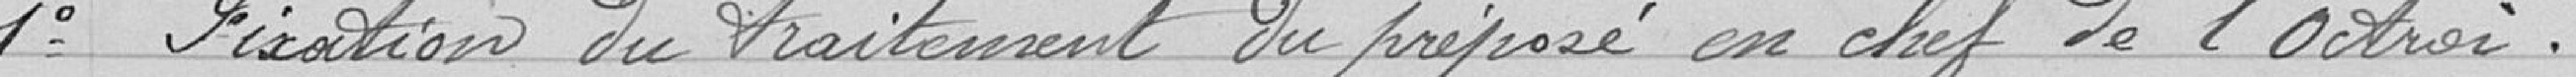
1 Fixation du traitement du préposé en chef de l'Octroi